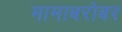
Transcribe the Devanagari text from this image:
मामाबरोबर